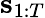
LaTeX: \mathbf{s}_{1:T}